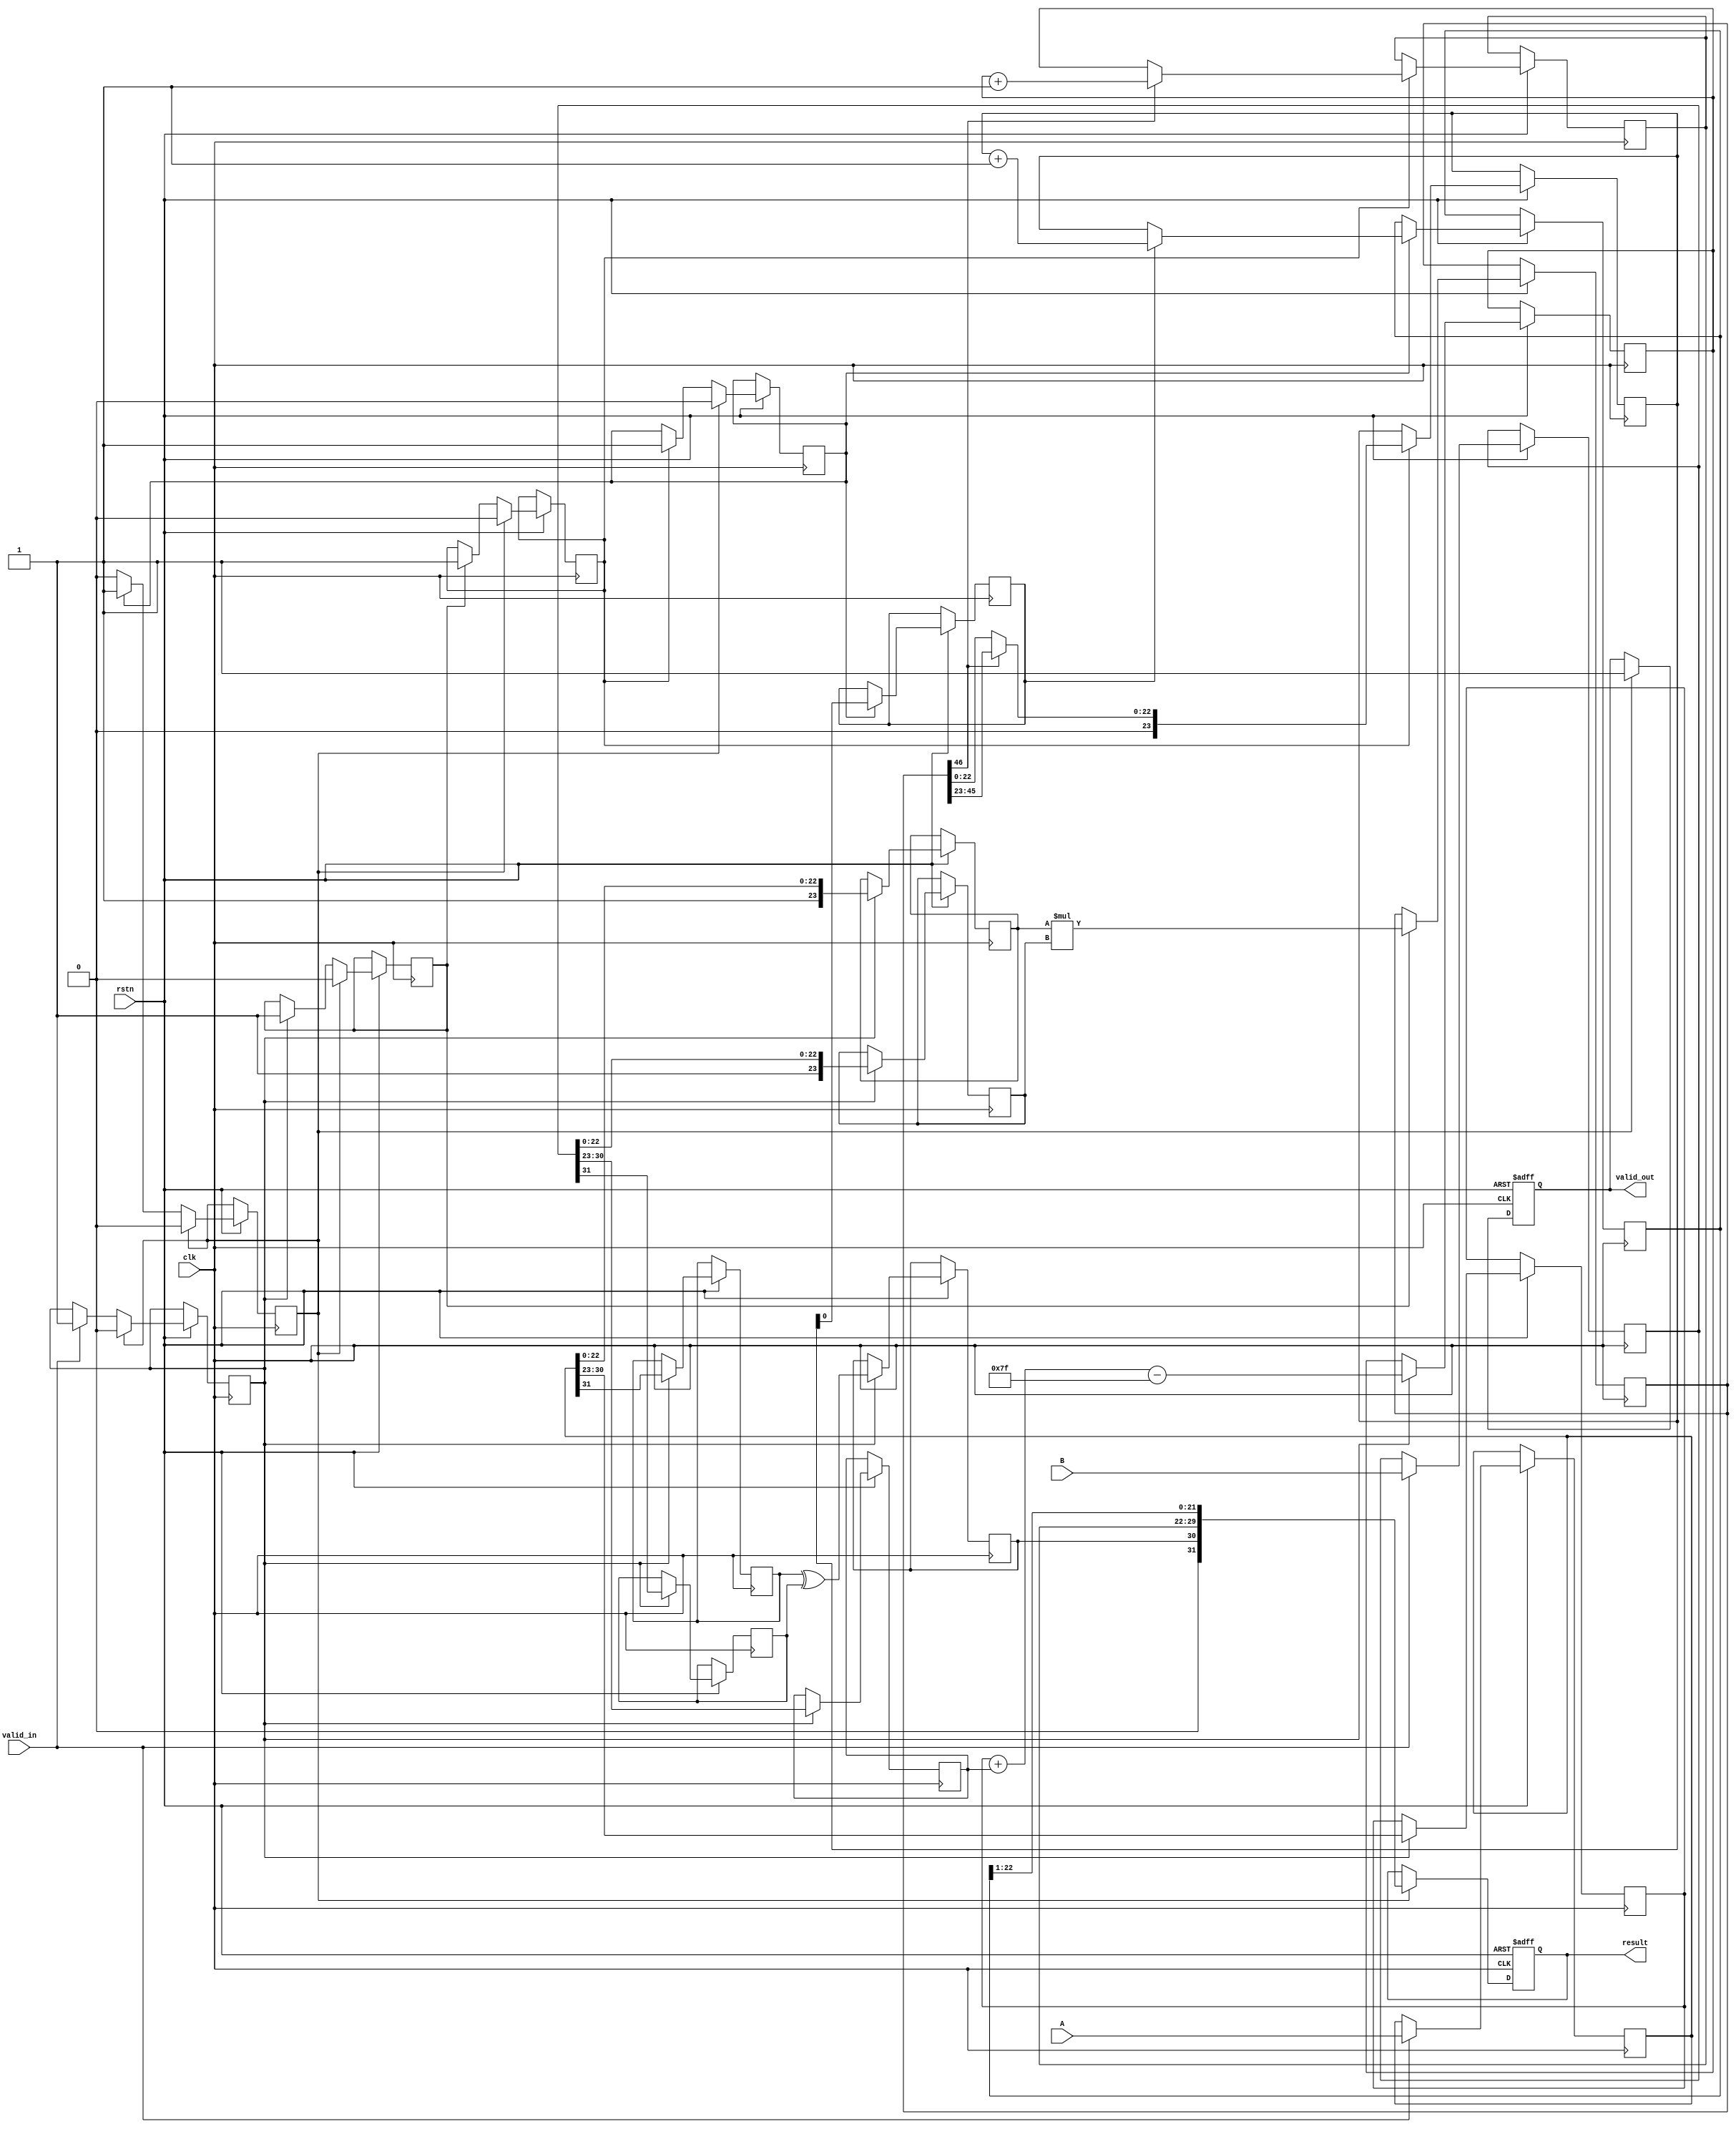
module pipelined_fp_multiplier (
    input clk,
    input rstn,
    input valid_in,
    input [31:0] A,  // First floating point input (IEEE 754 single precision)
    input [31:0] B,  // Second floating point input (IEEE 754 single precision)
    output reg valid_out,
    output reg [31:0] result // Resultant floating point output
);

    // Constants
    localparam BIAS = 127;
    localparam EXP_WIDTH = 8;
    localparam MANT_WIDTH = 23;

    // Stage 1: Input Preparation
    reg [31:0] stage1_A, stage1_B;
    reg stage1_valid;

    // Stage 2: Sign and Exponent Calculation
    reg sign_A, sign_B, sign_result;
    reg [EXP_WIDTH-1:0] exponent_A, exponent_B, exponent_result;
    reg [MANT_WIDTH:0] mantissa_A, mantissa_B; // includes implicit leading 1
    reg stage2_valid;

    // Stage 3: Mantissa Multiplication
    reg [MANT_WIDTH*2:0] mantissa_product; // 46 bits to accommodate the product
    reg stage3_valid;

    // Stage 4: Normalization
    reg [MANT_WIDTH:0] normalized_mantissa;
    reg [EXP_WIDTH-1:0] normalized_exponent;
    reg stage4_valid;

    // Stage 5: Rounding
    reg [MANT_WIDTH:0] rounded_mantissa;
    reg round_bit;
    reg stage5_valid;

    // Stage 6: Output Preparation
    always @(posedge clk or negedge rstn) begin
        if (!rstn) begin
            valid_out <= 0;
            result <= 0;
        end else begin
            // Stage 1: Input Preparation
            if (valid_in) begin
                stage1_A <= A;
                stage1_B <= B;
                stage1_valid <= 1;
            end

            // Stage 2: Sign and Exponent Calculation
            if (stage1_valid) begin
                sign_A <= stage1_A[31];
                sign_B <= stage1_B[31];
                sign_result <= sign_A ^ sign_B;
                exponent_A <= stage1_A[30:23];
                exponent_B <= stage1_B[30:23];
                mantissa_A <= {1'b1, stage1_A[22:0]}; // normalizing leading 1
                mantissa_B <= {1'b1, stage1_B[22:0]}; // normalizing leading 1
                exponent_result <= exponent_A + exponent_B - BIAS;
                stage2_valid <= 1;
            end

            // Stage 3: Mantissa Multiplication
            if (stage2_valid) begin
                mantissa_product <= mantissa_A * mantissa_B;
                stage3_valid <= 1;
            end

            // Stage 4: Normalization
            if (stage3_valid) begin
                if (mantissa_product[MANT_WIDTH*2] == 1) begin
                    normalized_mantissa <= mantissa_product[MANT_WIDTH*2 - 1:MANT_WIDTH];
                    normalized_exponent <= exponent_result + 1;
                end else begin
                    normalized_mantissa <= mantissa_product[MANT_WIDTH - 1:0];
                    normalized_exponent <= exponent_result;
                end
                stage4_valid <= 1;
            end

            // Stage 5: Rounding
            if (stage4_valid) begin
                round_bit <= normalized_mantissa[0]; // Simple rounding example
                if (round_bit) begin
                    rounded_mantissa <= normalized_mantissa + 1; // naive rounding
                end else begin
                    rounded_mantissa <= normalized_mantissa;
                end
                stage5_valid <= 1;
            end

            // Stage 6: Output Preparation
            if (stage5_valid) begin
                result <= {sign_result, normalized_exponent, rounded_mantissa[MANT_WIDTH-1:1]}; // discard LSB after round
                valid_out <= 1;
                // Reset valid signals
                stage1_valid <= 0;
                stage2_valid <= 0;
                stage3_valid <= 0;
                stage4_valid <= 0;
                stage5_valid <= 0;
            end
        end
    end
endmodule